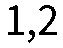
1,2